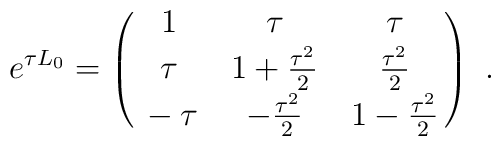
e^{\tau L_0} =\left (\matrix{\strut 1 & \tau & \tau \cr\strut \tau & 1 +{\tau^2 \over 2} & {\tau^2 \over 2} \cr\strut -\tau & -{\tau^2 \over 2} & 1 -{\tau^2 \over 2} \cr} \right )\ .